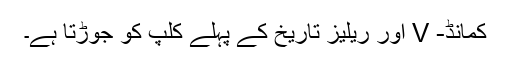
کمانڈ- V اور ریلیز تاریخ کے پہلے کلپ کو جوڑتا ہے۔